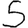
Digit: 5